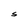
Character: S